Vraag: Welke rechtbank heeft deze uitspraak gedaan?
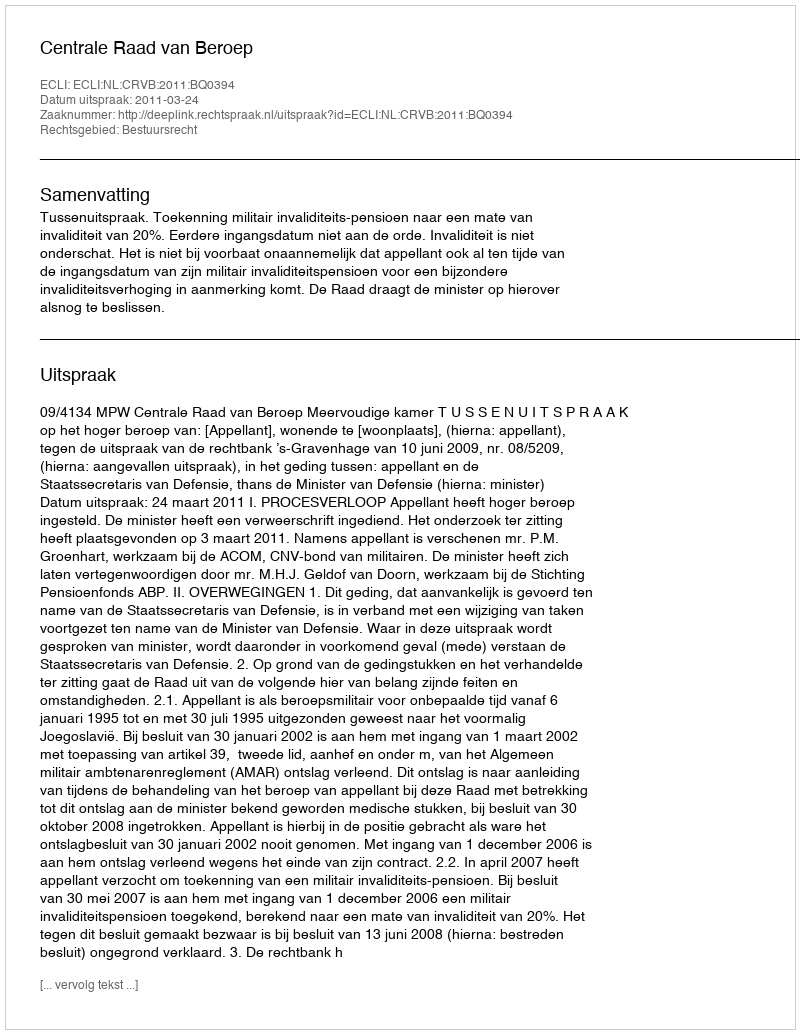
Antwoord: Centrale Raad van Beroep